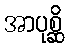
အာပုစ္ဆိ